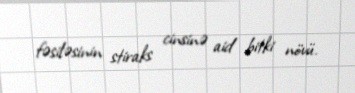
fəsiləsinin stiraks cinsinə aid bitki növü.